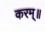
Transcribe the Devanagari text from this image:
करम्॥